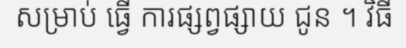
សម្រាប់ ធ្វើ ការផ្សព្វផ្សាយ ជូន ។ វិធី